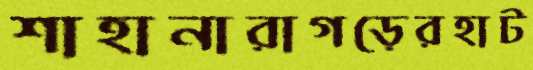
শাহানারাগড়েরহাট